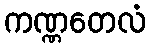
ကဏ္ဏတေလံ